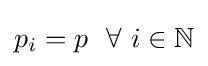
p_{i}=p~~\forall ~i\in \mathbb {N}